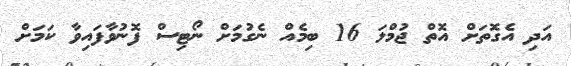
އަދި އެގޮތަށް އޮތް ޖުމްލަ 16 ބިމެއް ނެގުމަށް ނޯޓިސް ފޮނުވާފައިވާ ކަމަށް